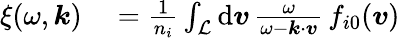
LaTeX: \begin{array}{rl}{\xi(\omega,\boldsymbol{k})}&{{}=\frac{1}{n_{i}}\int_{\mathcal{L}}\mathrm{d}\boldsymbol{v}\, \frac{\omega}{\omega-\boldsymbol{k}\cdot\boldsymbol{v}}\, f_{i0}(\boldsymbol{v})}\end{array}